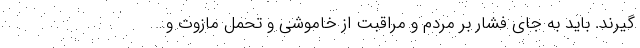
گیرند. باید به جای فشار بر مردم و مراقبت از خاموشی و تحمل مازوت و…